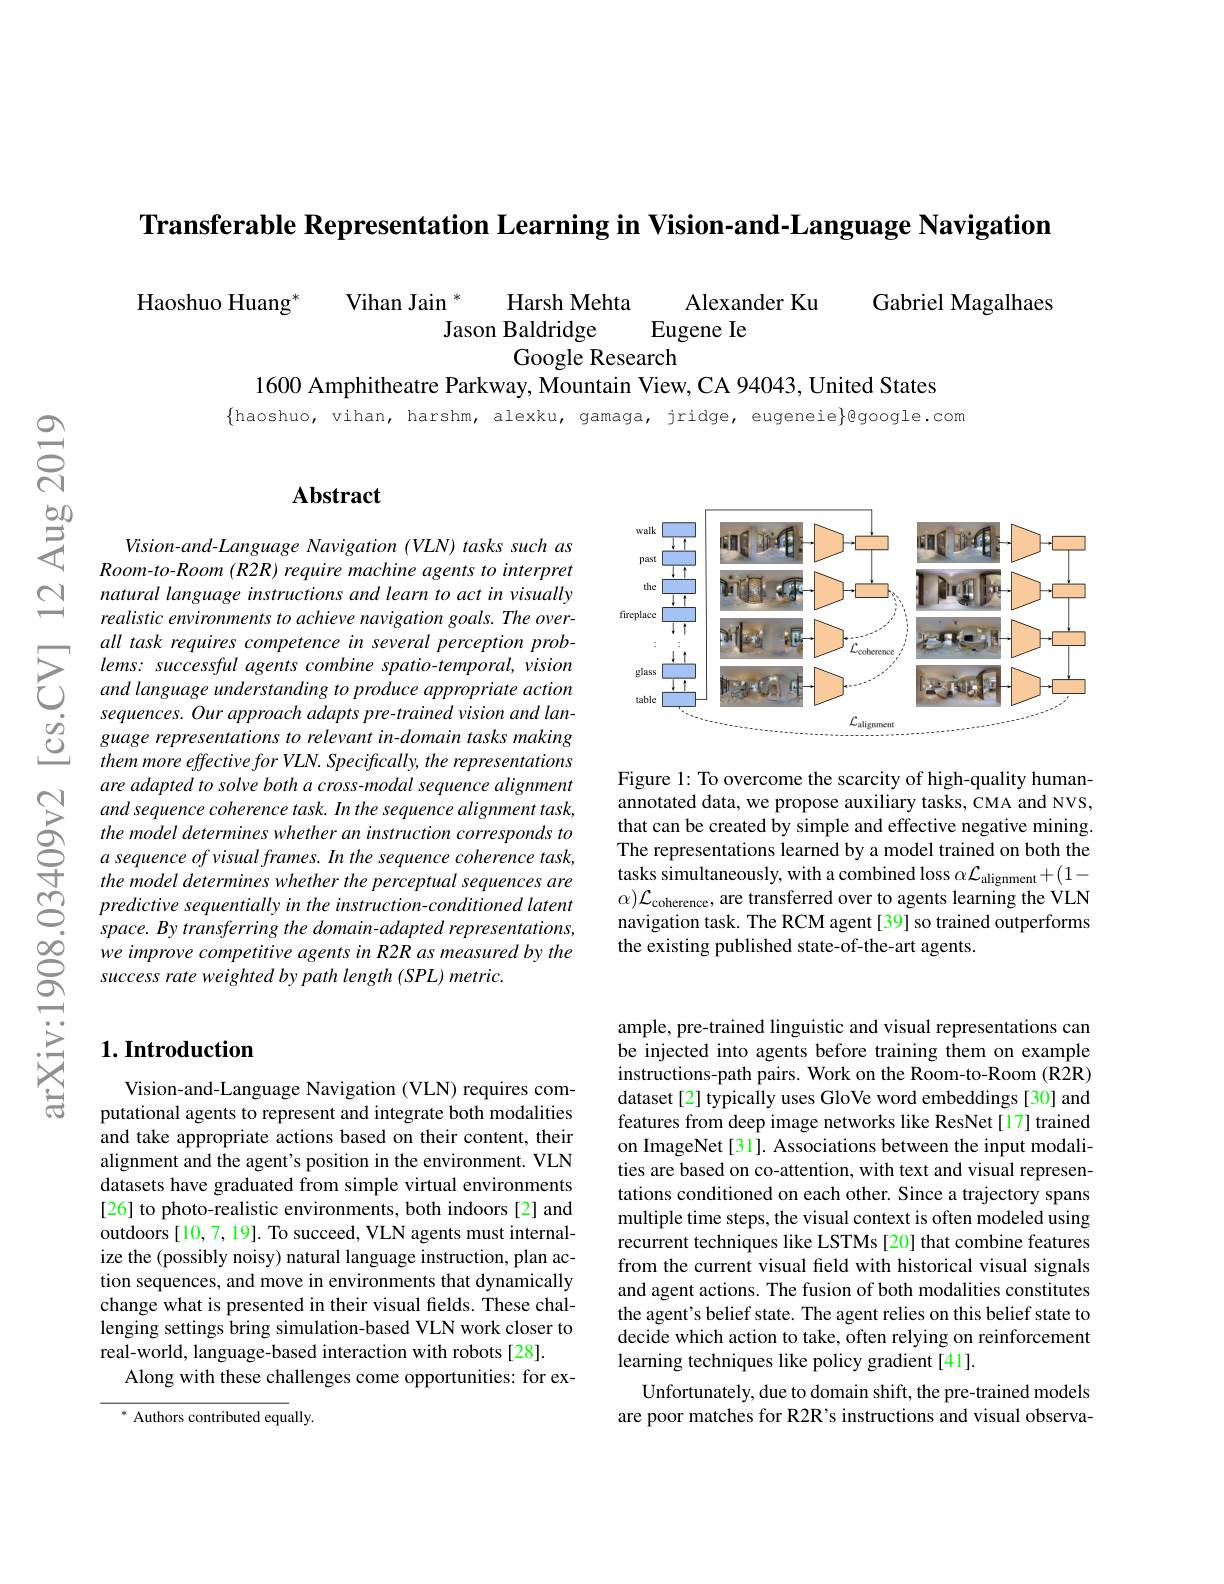
Transferable Representation Learning in Vision-and-Language Navigation

Gabriel Magalhaes
$\begin{array}{cc}{\mathrm{Haoshuo~Huang}^*}&{\mathrm{Vihan~Jain~}^*}&{\mathrm{Harsh~Mehta}}&{\mathrm{Alexander~Ku}}\\{\mathrm{Jason~Baldridge}}&{\mathrm{Eugene~Ie}}\end{array}$
Google Research

1600 Amphitheatre Parkway, Mountain View, CA 94043, United States

$\{$haoshuo, vihan, harshm, alexku, gamaga, jridge, eugeneie}google.com

## Abstract

Vision-and-Language Navigation (VLN) tasks such as Room-to- Room (R2R) require machine agents to interpret natural language instructions and learn to act in visually realistic environments to achieve navigation goals. The over-
$\sum_{\begin{array}{cc}&alll&task&requires&competence&in&several&perception&prob-\\&lems:&successful&agents&combine&spatio-temporal,&vision\\&and&language&understanding&to&produce&appropriate&action\\&seauences&Our&annroach&adans&nre-trained&vision&and&lan-1\end{array}}$ $\begin{array}{lll}&\text{sequences. Our approach adapts pre-trai}\end{array}$
$themmore\textit{ effective for VLN. Specifically, the representations}$ are adapted to solve both a cross-modal sequence alignment and sequence coherence task. In the sequence alignment task, the model determines whether an instruction corresponds to a sequence of visual frames. In the sequence coherence task, the model determines whether the perceptual sequences are
$\textcircled {\mathrm{n} }$ predictive sequentially $in$ the $instruction- conditioned$ latent
space. By transferring the domain-adapted representations, we improve competitive agents in R2R as measured by the success rate weighted by path length (SPL) metric

## $1. \textbf{Introduction}$

Vision-and-Language Navigation (VLN) requires computational agents to represent and integrate both modalities and take appropriate actions based on their content, their alignment and the agent's position in the environment. VLN datasets have graduated from simple virtual environments [26] to photo-realistic environments, both indoors[2] and outdoors [10,7,19]. To succeed, VLN agents must internalize the (possibly noisy) natural language instruction, plan action sequences, and move in environments that dynamically change what is presented in their visual fields. These challenging settings bring simulation-based VLN work closer to real-world, language-based interaction with robots[28].
Along with these challenges come opportunities: for ex-

* Authors contributed equally

<FigureHere>

Figure 1: To overcome the scarcity of high-quality humanannotated data, we propose auxiliary tasks, CMA and NVS, that can be created by simple and effective negative mining. The representations learned by a model trained on both the tasks simultaneously, with a combined loss $\alpha\mathcal{L}_\text{alignment}+(1-$ $\alpha)\mathcal{L}_{\text{coherence, are transferred over to agents learning the VLN}}$ navigation task. The RCM agent [39] so trained outperforms the existing published state-of-the-art agents.

ample, pre-trained linguistic and visual representations can be injected into agents before training them on example instructions-path pairs. Work on the Room-to-Room (R2R) dataset [2] typically uses GloVe word embeddings [30] and features from deep image networks like ResNet[17] trained on ImageNet [31]. Associations between the input modalities are based on co-attention, with text and visual representations conditioned on each other. Since a trajectory spans multiple time steps, the visual context is often modeled using recurrent techniques like LSTMs [20] that combine features from the current visual feld with historical visual signals and agent actions. The fusion of both modalities constitutes the agent's belief state. The agent relies on this belief state to decide which action to take, often relying on reinforcement learning techniques like policy gradient [41].
Unfortunately, due to domain shift, the pre-trained models are poor matches for R2R's instructions and visual observa-